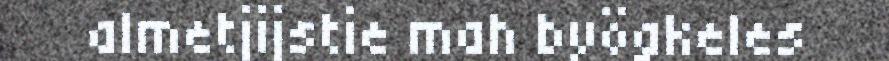
almetjijstie mah byögkeles